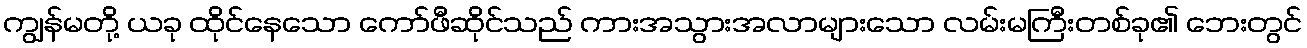
ကျွန်မတို့ ယခု ထိုင်နေသော ကော်ဖီဆိုင်သည် ကားအသွားအလာများသော လမ်းမကြီးတစ်ခု၏ ဘေးတွင်